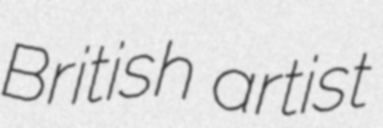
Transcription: British artist